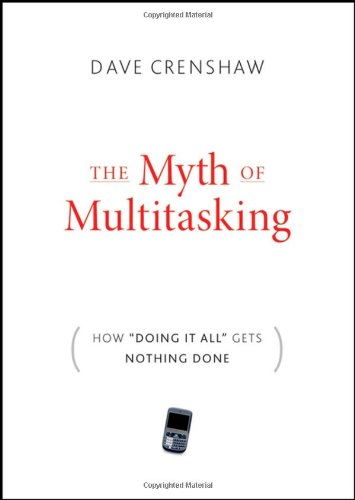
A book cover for The Myth of Multitasking: How "Doing It All" Gets Nothing Done; Dave Crenshaw; Business & Money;